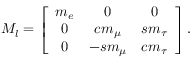
{ \cal M } _ { l } = \left[ \begin{array} { c c c } { { m _ { e } } } & { { 0 } } & { { 0 } } \\ { { 0 } } & { { c m _ { \mu } } } & { { s m _ { \tau } } } \\ { { 0 } } & { { - s m _ { \mu } } } & { { c m _ { \tau } } } \end{array} \right] .